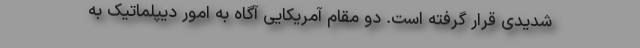
شدیدی قرار گرفته است. دو مقام آمریکایی آگاه به امور دیپلماتیک به